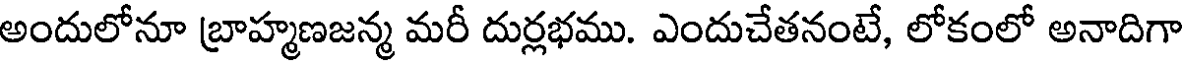
అందులోనూ బ్రాహ్మణజన్మ మరీ దుర్లభము. ఎందుచేతనంటే, లోకంలో అనాదిగా